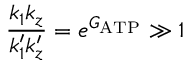
\frac { k _ { 1 } k _ { z } } { k _ { 1 } ^ { \prime } k _ { z } ^ { \prime } } = e ^ { G _ { \mathrm { A T P } } } \gg 1